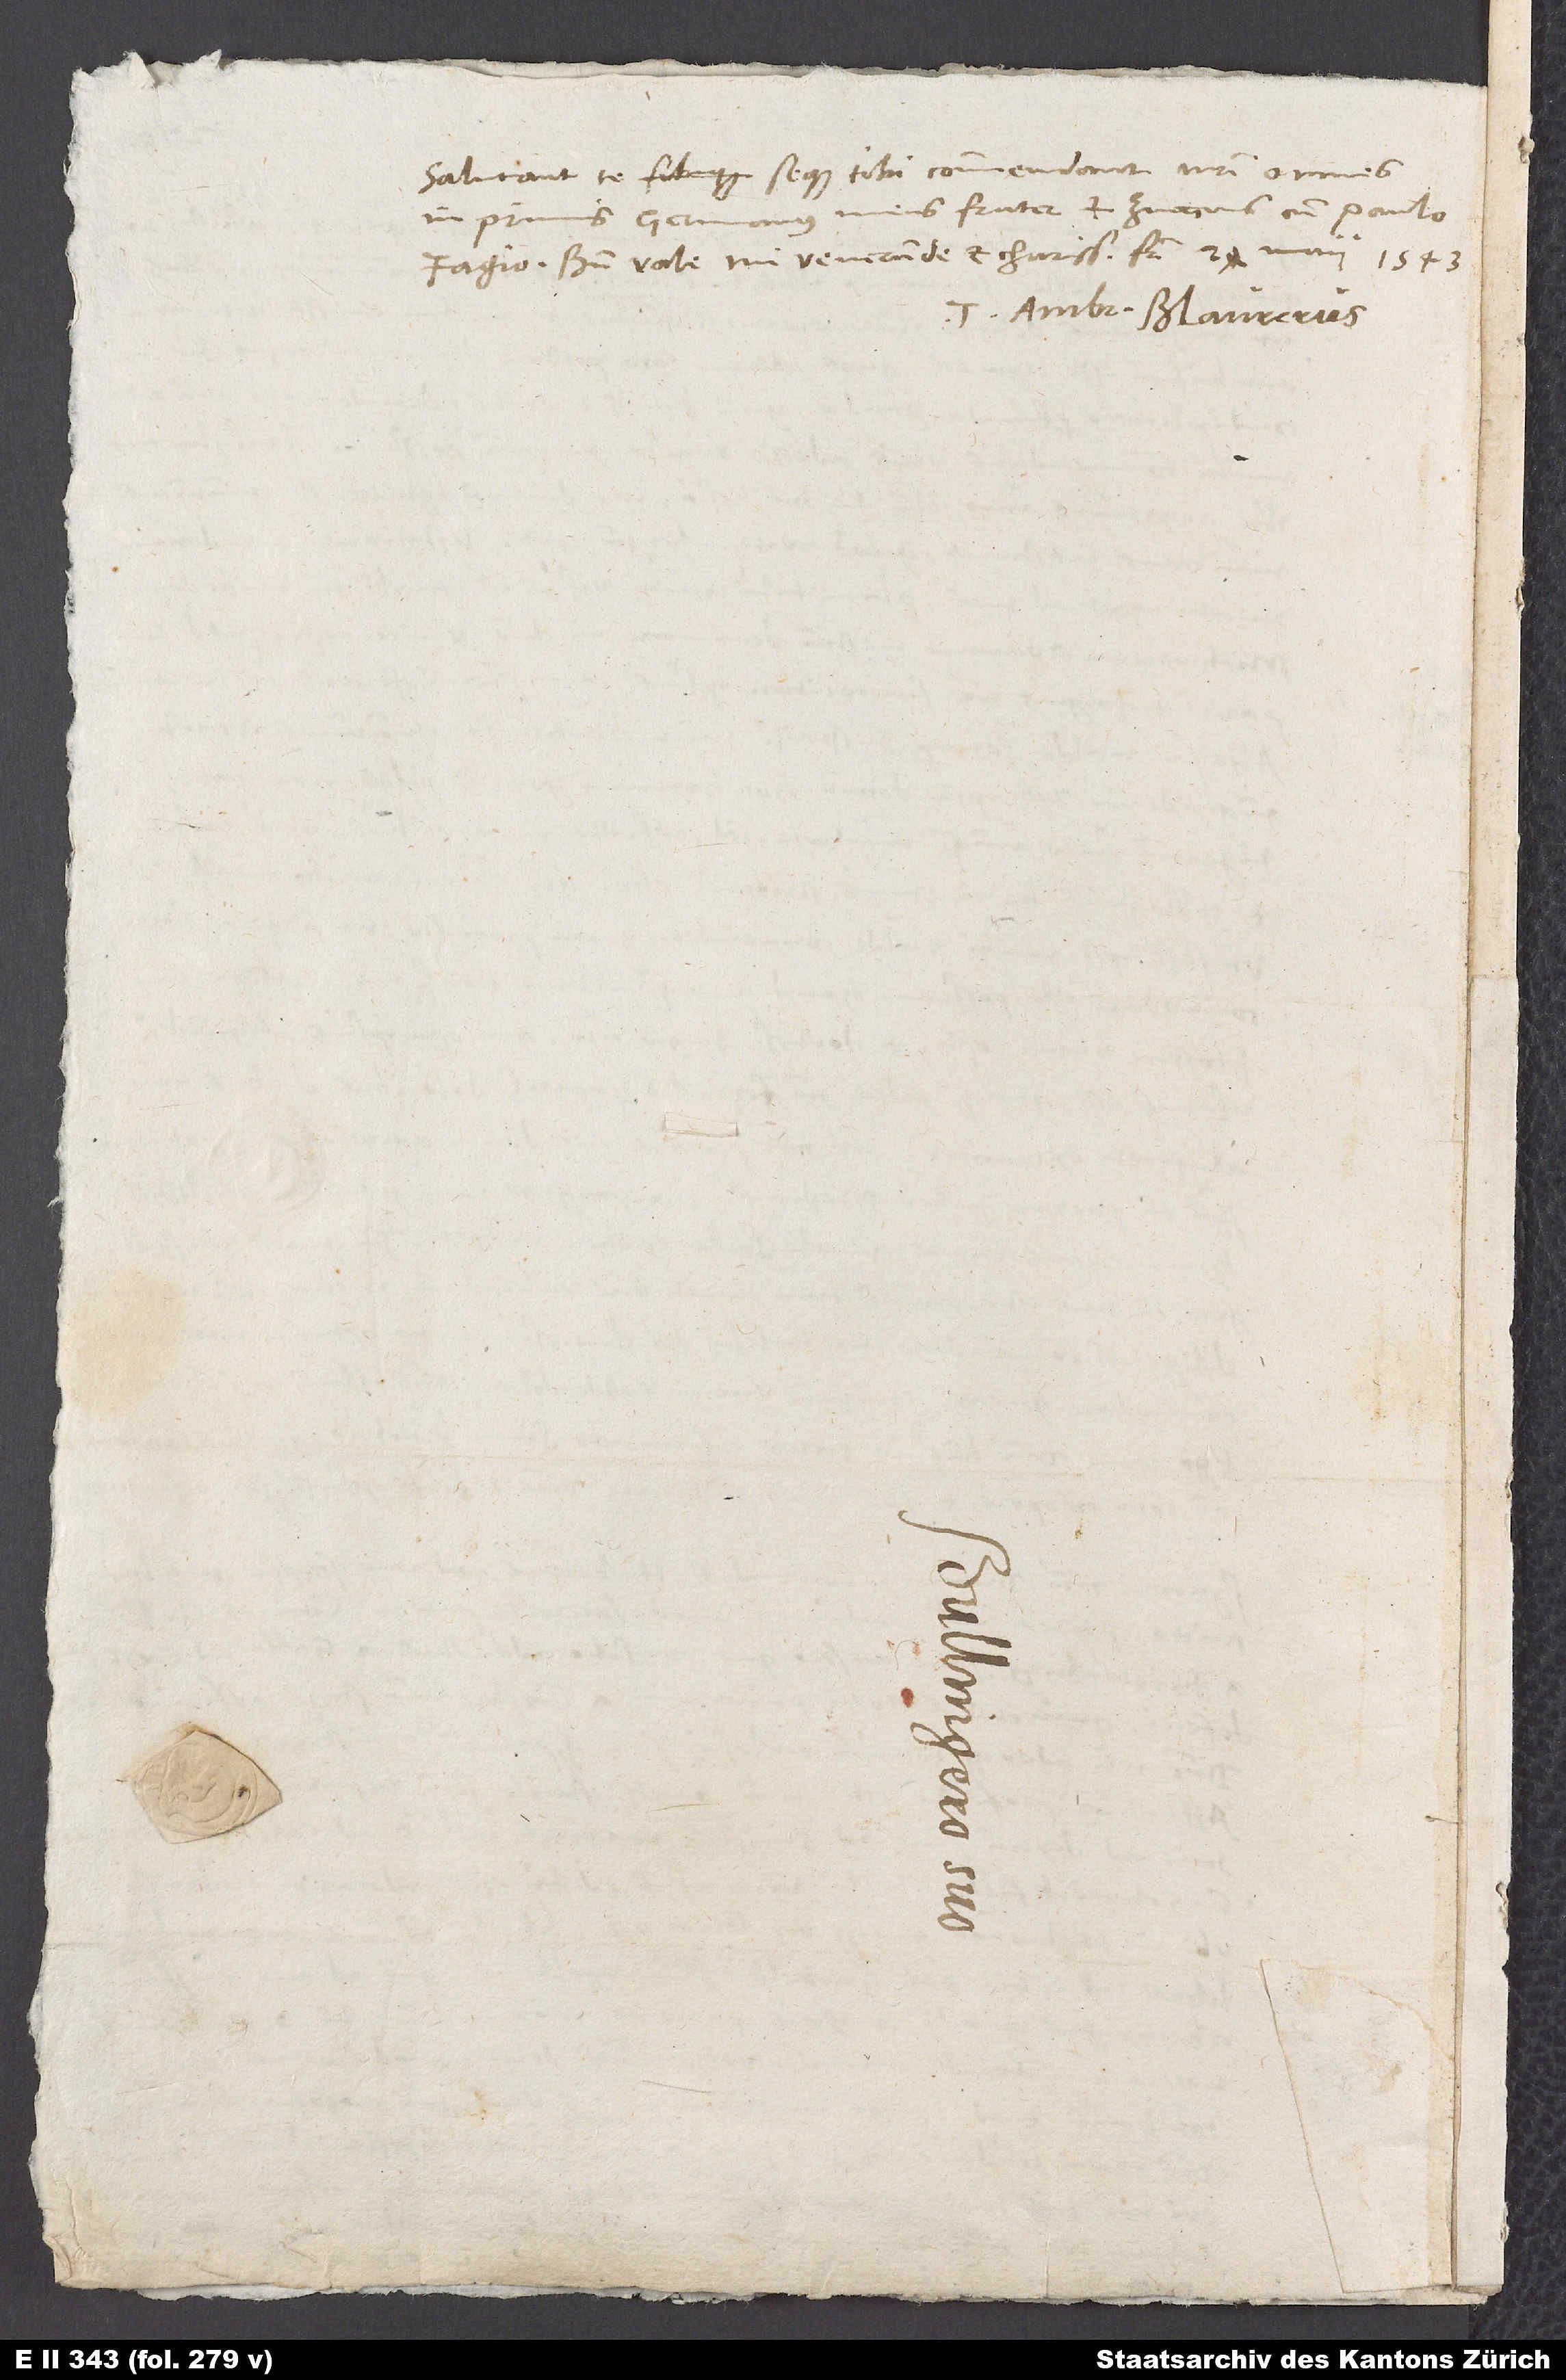
Salutant te seque tibi commendant nostri omnes,
in primis germanus meus frater et Zviccius cum Paulo
Fagio. Bene vale, mi venerande et charissime frater. 24. maii 1543.
Tuus Ambr. Blaurerus.